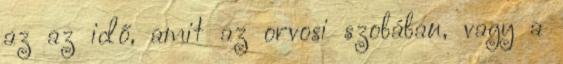
az az idő, amit az orvosi szobában, vagy a